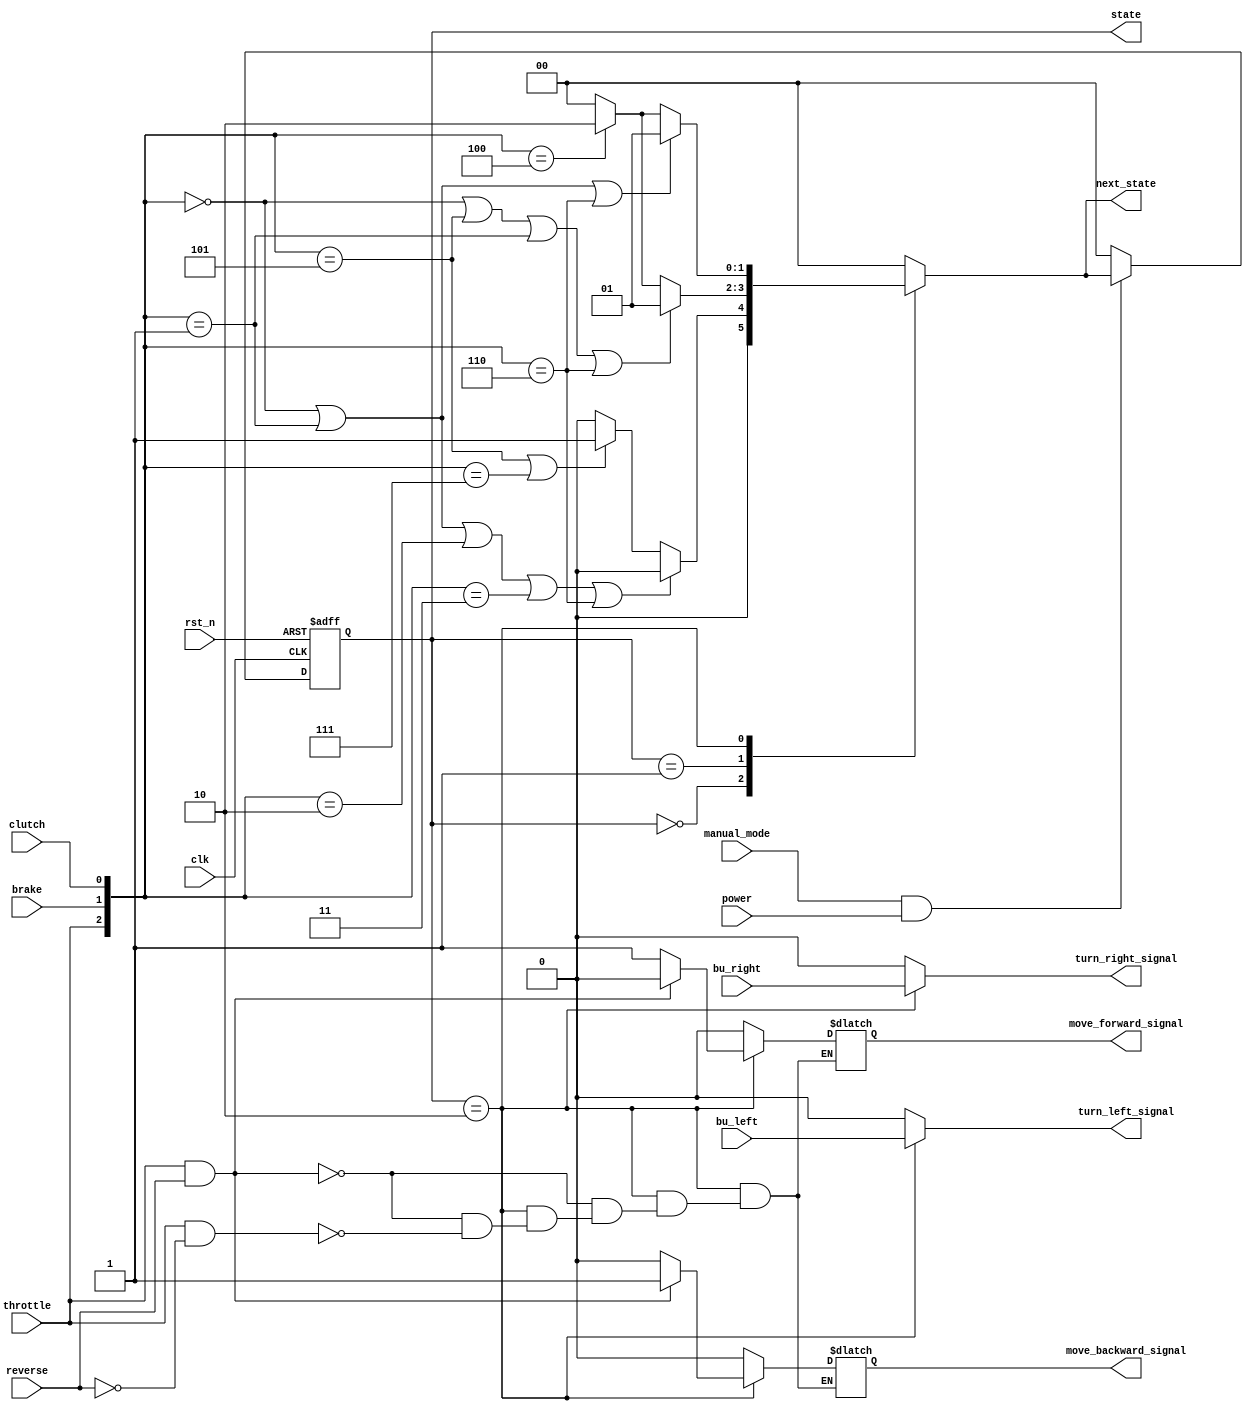
module manual (
    input clk,
    input rst_n,
    input manual_mode,//enable,
    input power,

    input clutch,
    input throttle,
    input brake,
    input bu_left,
    input bu_right,
    input reverse,
    
    output reg [1:0] state,
    output reg [1:0] next_state,
    output reg turn_left_signal,
    output reg turn_right_signal,
    output reg move_backward_signal,
    output reg move_forward_signal
);
parameter S0 = 2'b00, S1 = 2'b01, S2 = 2'b10;//S0 NS, S1 S, S2 M

always @(posedge clk, negedge rst_n) begin//reset
    if(!rst_n) begin
        state <= S0;
    end
    else if(manual_mode == 1'b1 && power == 1'b1) state <= next_state;
    else state <= S0;
end

always @(state, throttle, brake, clutch) begin
    case(state)
        S0:
            if({throttle, brake, clutch} == 3'b000 || {throttle, brake, clutch} == 3'b001 || {throttle, brake, clutch} == 3'b010 || {throttle, brake, clutch} == 3'b011 || {throttle, brake, clutch} == 3'b110) begin
                next_state = S0;
            end
            else if ({throttle, brake, clutch} == 3'b101 || {throttle, brake, clutch} == 3'b111) begin
                next_state = S1;
            end
            else begin
                next_state = S0;
            end
        
        S1:
            if({throttle, brake, clutch} == 3'b000 || {throttle, brake, clutch} == 3'b101 || {throttle, brake, clutch} == 3'b001 || {throttle, brake, clutch} == 3'b110)begin
                next_state = S1;
            end
            else if({throttle, brake, clutch} == 3'b100)begin
                next_state = S2;
            end
            else begin
                next_state = S0;
            end
        
        S2:
            if({throttle, brake, clutch} == 3'b000 || {throttle, brake, clutch} == 3'b001 || {throttle, brake, clutch} == 3'b110)begin
                next_state = S1;
            end
            else if({throttle, brake, clutch} == 3'b100)begin
                next_state = S2;
            end
            else begin
                next_state = S0;
            end
        
        default:
              next_state = S0; 
    endcase
end

always @(bu_left, bu_right, state) begin
    if (state == S2) begin
        turn_left_signal = bu_left;
        turn_right_signal = bu_right;
    end
    else begin
        turn_left_signal = 1'b0;
        turn_right_signal = 1'b0;
    end
end   

always @(throttle, reverse, clutch, state) begin
    if(state == S2) begin
            if (throttle && reverse) begin
                move_backward_signal = 1'b1;
                move_forward_signal = 1'b0;
            end
            else if (throttle && ~reverse) begin
                move_backward_signal = 1'b0;
                move_forward_signal = 1'b1;
            end
    end
    else begin
        move_backward_signal = 1'b0;
        move_forward_signal = 1'b0;
    end
end

endmodule